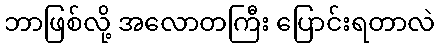
ဘာဖြစ်လို့ အလောတကြီး ပြောင်းရတာလဲ